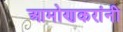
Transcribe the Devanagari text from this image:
आमोणकरांनी